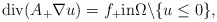
\begin{align*}\mbox{div}( A_+ \nabla u) = f_{+} \mbox{in} \Omega \backslash \{u \le 0\},\end{align*}